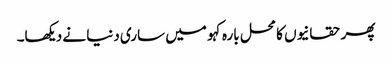
پھر حقانیوں کا محل بارہ کہو میں ساری دنیا نے دیکھا۔